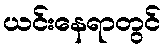
ယင်းနေရာတွင်